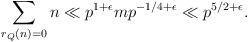
LaTeX: \begin{align*}\sum_{r_{Q}(n) = 0} n \ll p^{1+\epsilon} m p^{-1/4 + \epsilon} \ll p^{5/2 + \epsilon}.\end{align*}